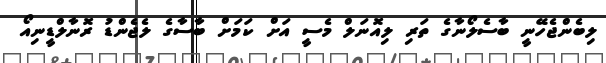
ލިބެންޖެހޭނީ ބާސެލޯނާގެ ތަރި ލިއޮނަލް މެސީ އަށް ކަމަށްް ބާސާގެ ލެޖެންޑު ރޮނާލްޑީނިއޯ